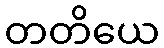
တတိယေ